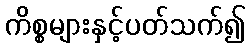
ကိစ္စများနှင့်ပတ်သက်၍